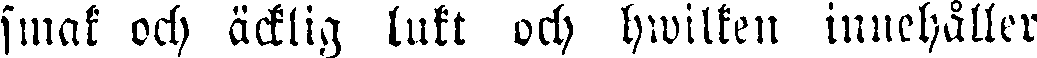
smak och äcklig lukt och hwilken innehåller